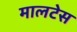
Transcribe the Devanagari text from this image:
मालटेस